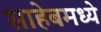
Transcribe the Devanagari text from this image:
साहेबमध्ये